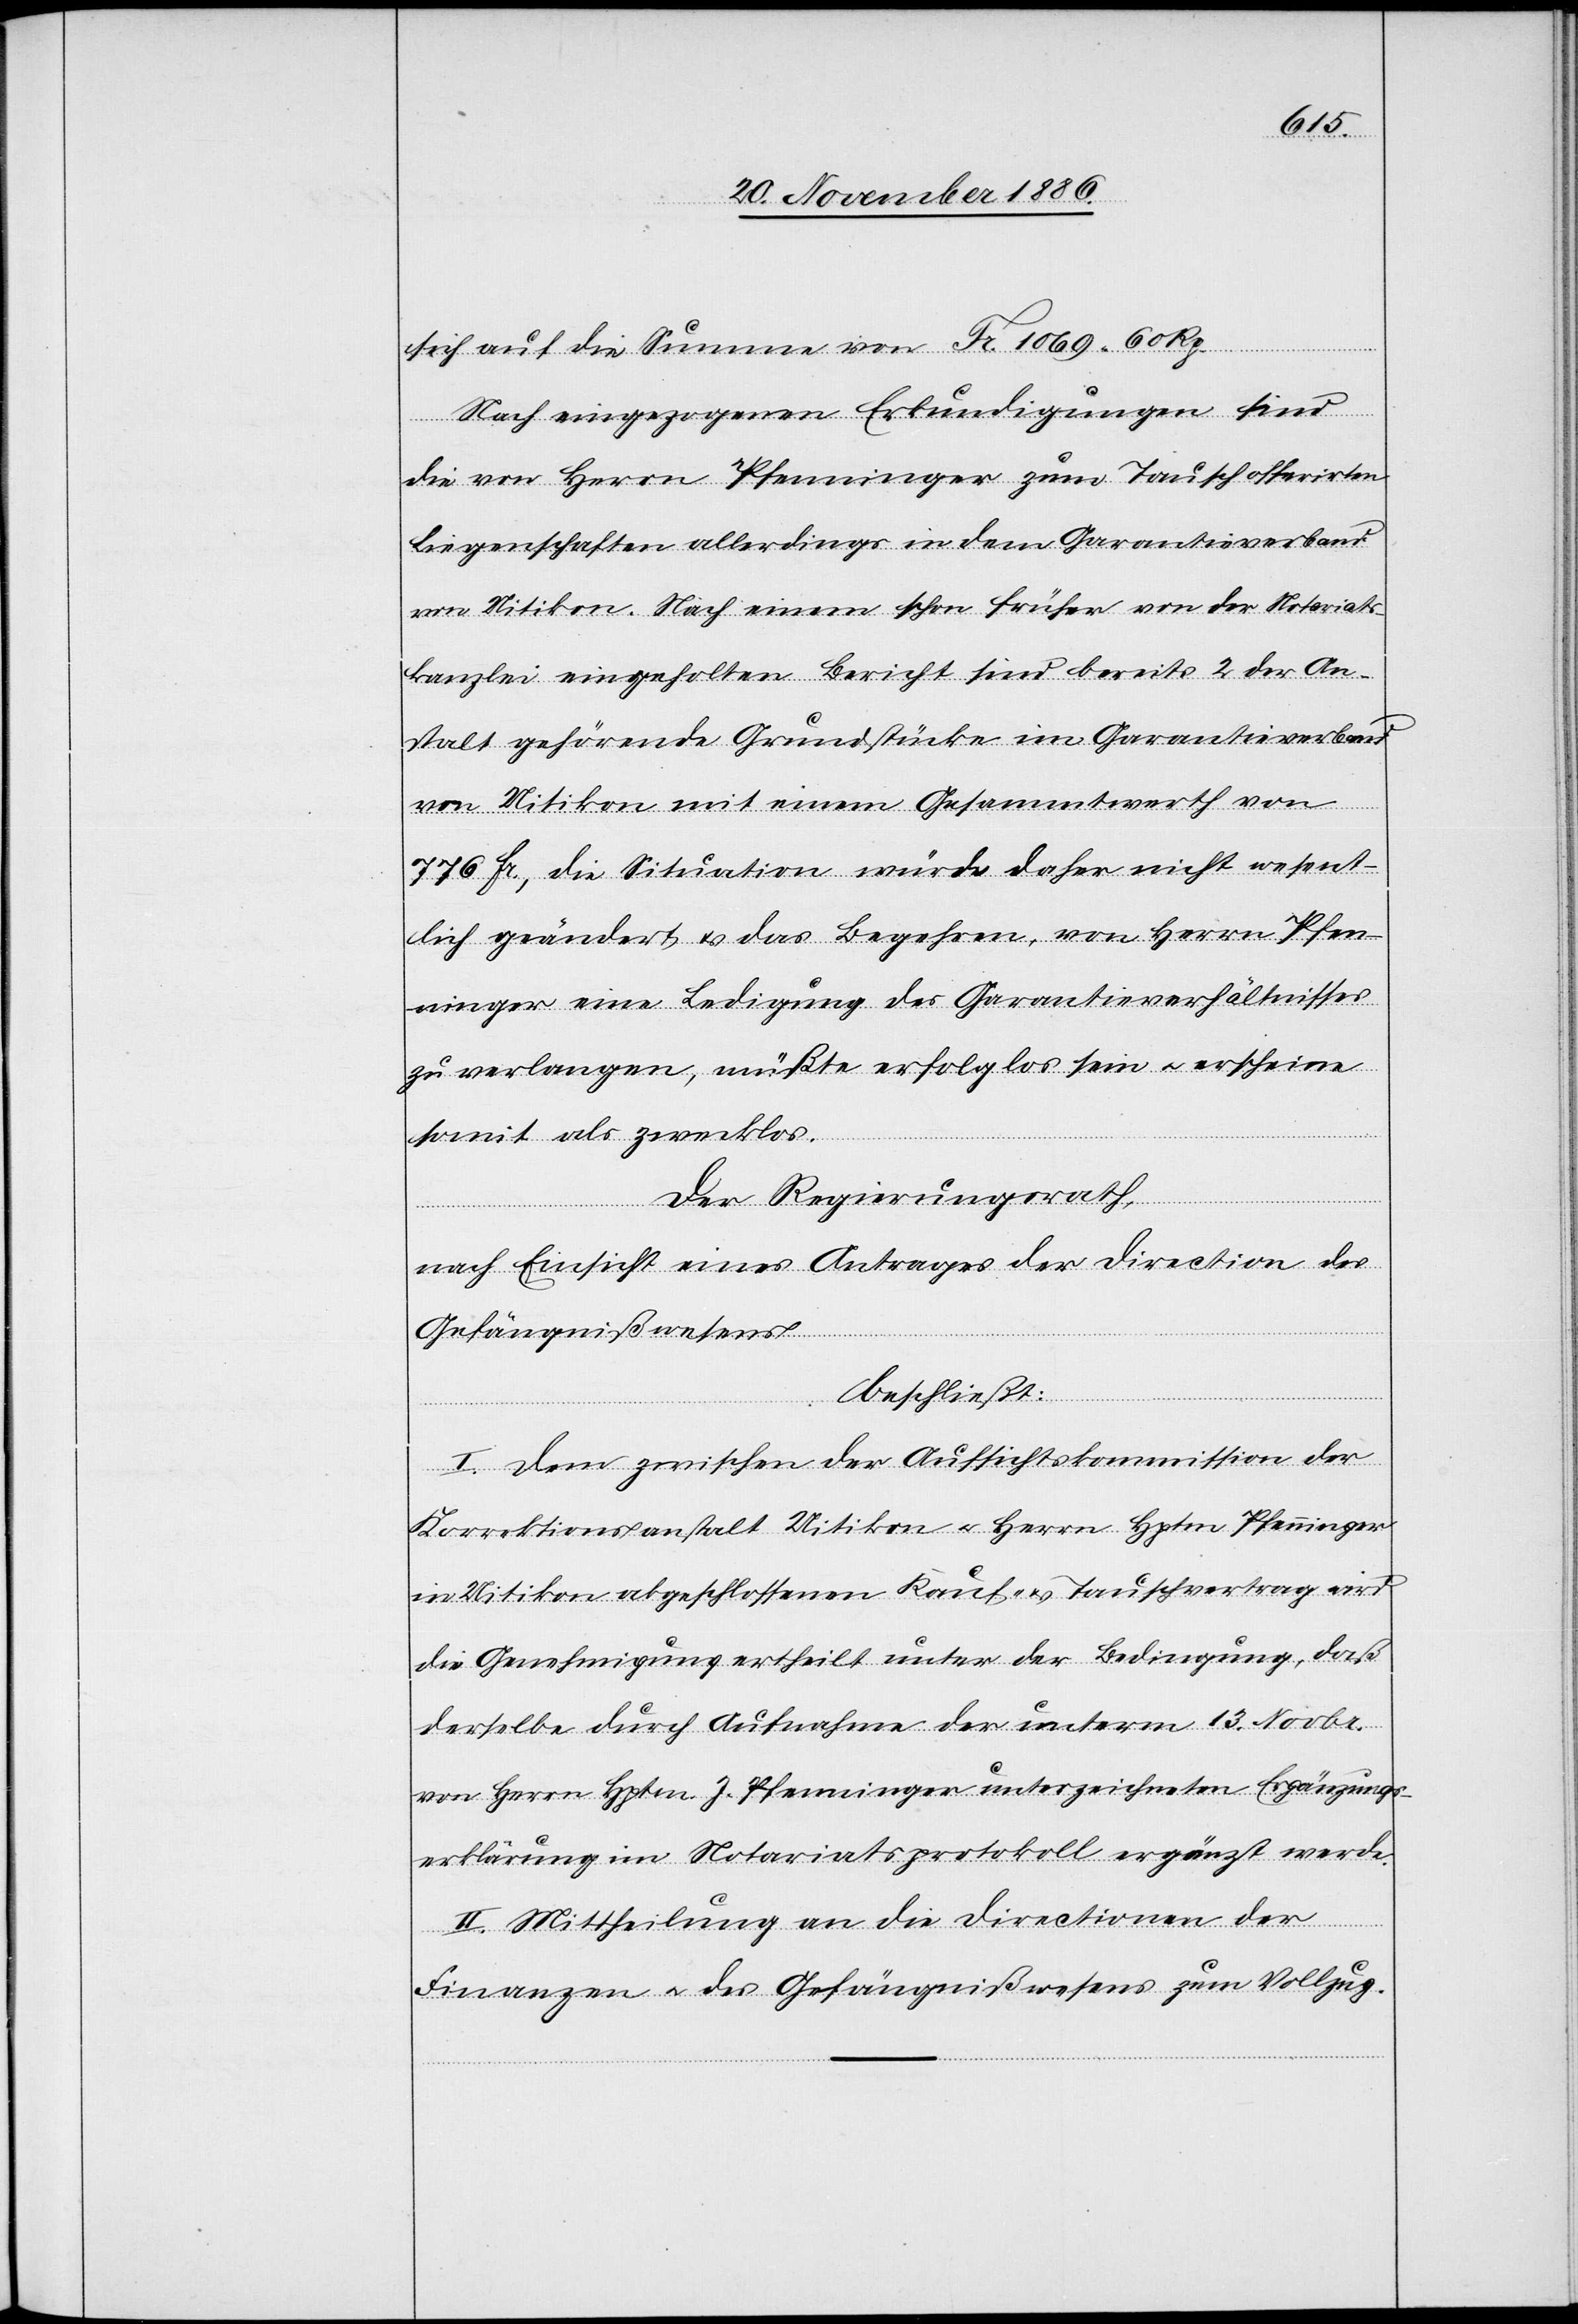
sich auf die Summe von Fr. 1069 60 Rp.
Nach eingezogenen Erkundigungen sind
die von Herrn Pfenninger zum Tausch offerirten
Liegenschaften allerdings in dem Garantiverband
von Uitikon. Nach einem schon früher von der Notariats¬
kanzlei eingeholten Bericht sind bereits 2 der An¬
stalt gehörenden Grundstücke im Garantieverband
von Uitikon mit einem Gesammtwerth von
776 Fr., die Situation würde daher nicht wesent¬
lich geändert, & das Begehren, von Herrn Pfen¬
ninger eine Ledigung des Garantieverhältnisses
zu verlangen, müßte erfolglos sein & erscheine
somit als zwecklos.
Der Regierungsrath,
nach Einsicht eines Antrages der Direction des
Gefängnißwesens
beschließt:
I. Dem zwischen der Aufsichtskommission der
Korrektionsanstalt Uitikon & Herrn Hptm. Pfenninger
in Uitikon abgeschlossenen Kauf- & Tauschvertrag wird
die Genehmigung ertheilt unter der Bedingung, daß
derselbe durch Aufnahme der unterm 13. Novbr.
von Herrn Hptm. J. Pfenninger unterzeichneten Ergänzungs¬
erklärung im Notariatsprotokoll ergänzt werde.
II. Mittheilung an die Directionen der
Finanzen & des Gefängnißwesens zum Vollzug.